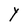
Character: Y